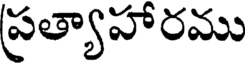
ప్రత్యాహారము